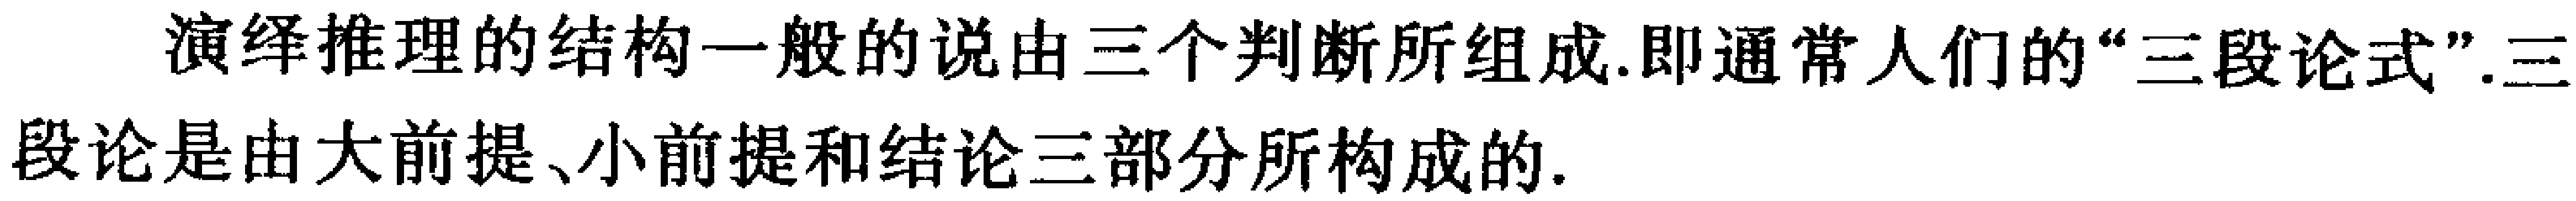
演绎推理的结构一般的说由三个判断所组成.即通常人们的“三段论式”.三段论是由大前提、小前提和结论三部分所构成的.